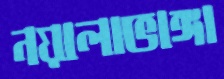
নয়ালাভাঙ্গা